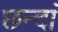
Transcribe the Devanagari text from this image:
छन्दां